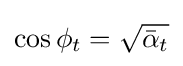
\cos \phi _{t}={\sqrt {{\bar {\alpha }}_{t}}}